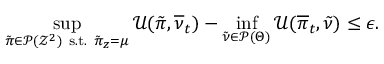
\operatorname* { s u p } _ { \tilde { \pi } \in \mathcal { P } ( \mathcal { Z } ^ { 2 } ) \mathrm { ~ s . t . ~ } \tilde { \pi } _ { z } = \mu } \mathcal { U } ( \tilde { \pi } , \overline { { \nu } } _ { t } ) - \operatorname* { i n f } _ { \tilde { \nu } \in \mathcal { P } ( \Theta ) } \mathcal { U } ( \overline { { \pi } } _ { t } , \tilde { \nu } ) \leq \epsilon .